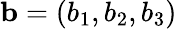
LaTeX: {\mathbf{b}}=(b_{1},b_{2},b_{3})